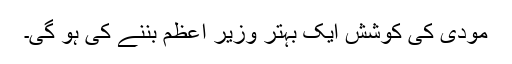
مودی کی کوشش ایک بہتر وزیر اعظم بننے کی ہو گی۔